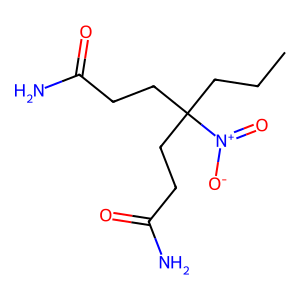
SMILES: CCCC(CCC(N)=O)(CCC(N)=O)[N+](=O)[O-]
Inhibits HIV replication: No